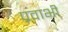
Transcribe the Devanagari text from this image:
प्रवाभी